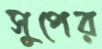
সুপের